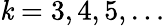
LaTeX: \mathit{k}=3,4,5,\ldots